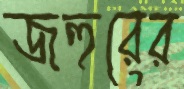
জহুরের